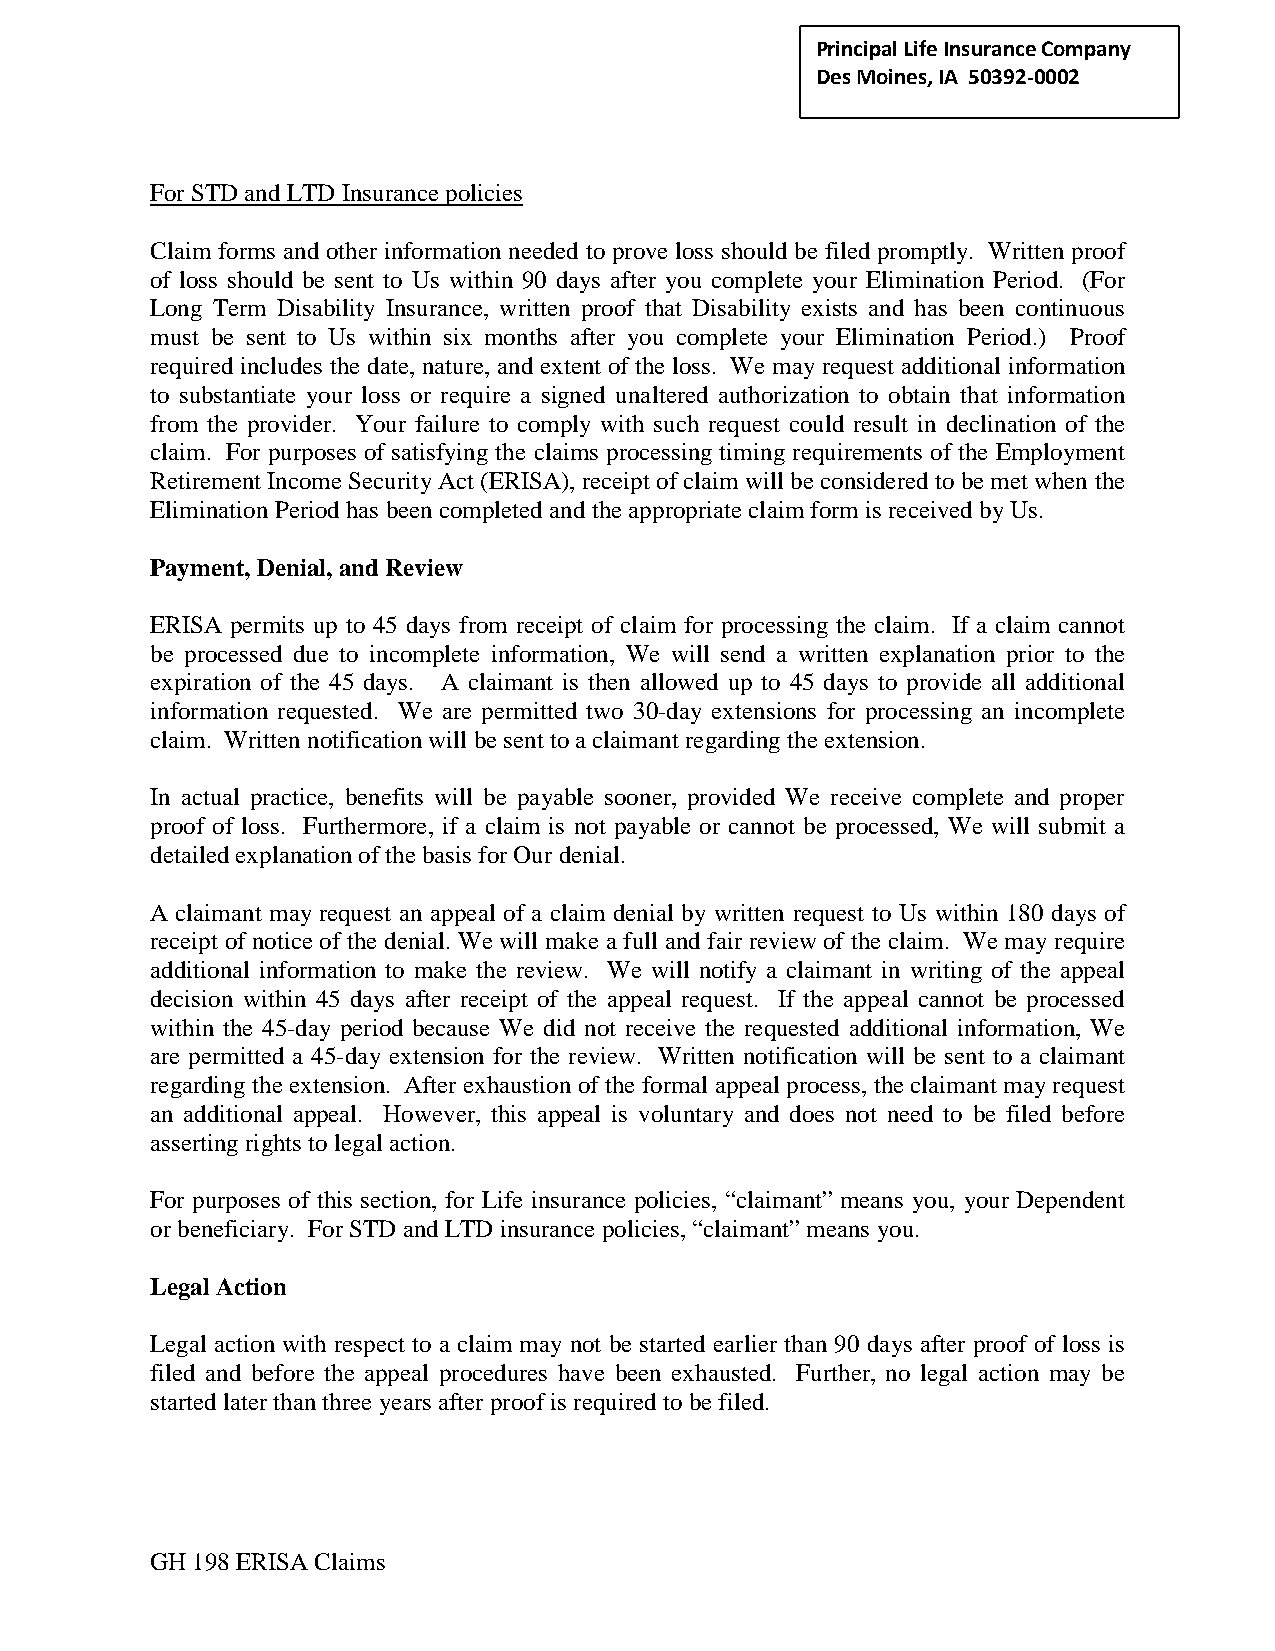
Principal Life Insurance C ompany
 Des Moines, IA 50392-0002
 For STD and LTD Insurance policies
 Claim forms and other information needed to prove loss should be filed promptly. Written proof
 of loss should be sent to Us within 90 days after you complete your Elimination Period. (For
 Long Term Disability Insurance, written proof that Disability exists and has been continuous
 must be sent to Us within six months after you complete your Elimination Period.) Proof
 required includes the date, nature, and extent of the loss. We may request additional information
 to substantiate your loss or require a signed unaltered authorization to obtain that information
 from the provider. Your failure to comply with such request could result in declination of the
 claim. For purposes of satisfying the claims processing timing requirements of the Employment
 Retirement Income Security Act (ERISA), receipt of claim will be considered to be met when the
 Elimination Period has been completed and the appropriate claim form is received by Us.
 Payment, Denial, and Review
 ERISA permits up to 45 days from receipt of claim for processing the claim. If a claim cannot
 be processed due to incomplete information, We will send a written explanation prior to the
 expiration of the 45 days. A claimant is then allowed up to 45 days to provide all additional
 information requested. We are permitted two 30-day extensions for processing an incomplete
 claim. Written notification will be sent to a claimant regarding the extension.
 In actual practice, benefits will be payable sooner, provided We receive complete and proper
 proof of loss. Furthermore, if a claim is not payable or cannot be processed, We will submit a
 detailed explanation of the basis for Our denial.
 A claimant may request an appeal of a claim denial by written request to Us within 180 days of
 receipt of notice of the denial. We will make a full and fair review of the claim. We may require
 additional information to make the review. We will notify a claimant in writing of the appeal
 decision within 45 days after receipt of the appeal request. If the appeal cannot be processed
 within the 45-day period because We did not receive the requested additional information, We
 are permitted a 45-day extension for the review. Written notification will be sent to a claimant
 regarding the extension. After exhaustion of the formal appeal process, the claimant may request
 an additional appeal. However, this appeal is voluntary and does not need to be filed before
 asserting rights to legal action.
 For purposes of this section, for Life insurance policies, “claimant” means you, your Dependent
 or beneficiary. For STD and LTD insurance policies, “claimant” means you.
 Legal Action
 Legal action with respect to a claim may not be started earlier than 90 days after proof of loss is
 filed and before the appeal procedures have been exhausted. Further, no legal action may be
 started later than three years after proof is required to be filed.
 GH 198 ERISA Claims